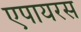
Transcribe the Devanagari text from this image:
एपायरस